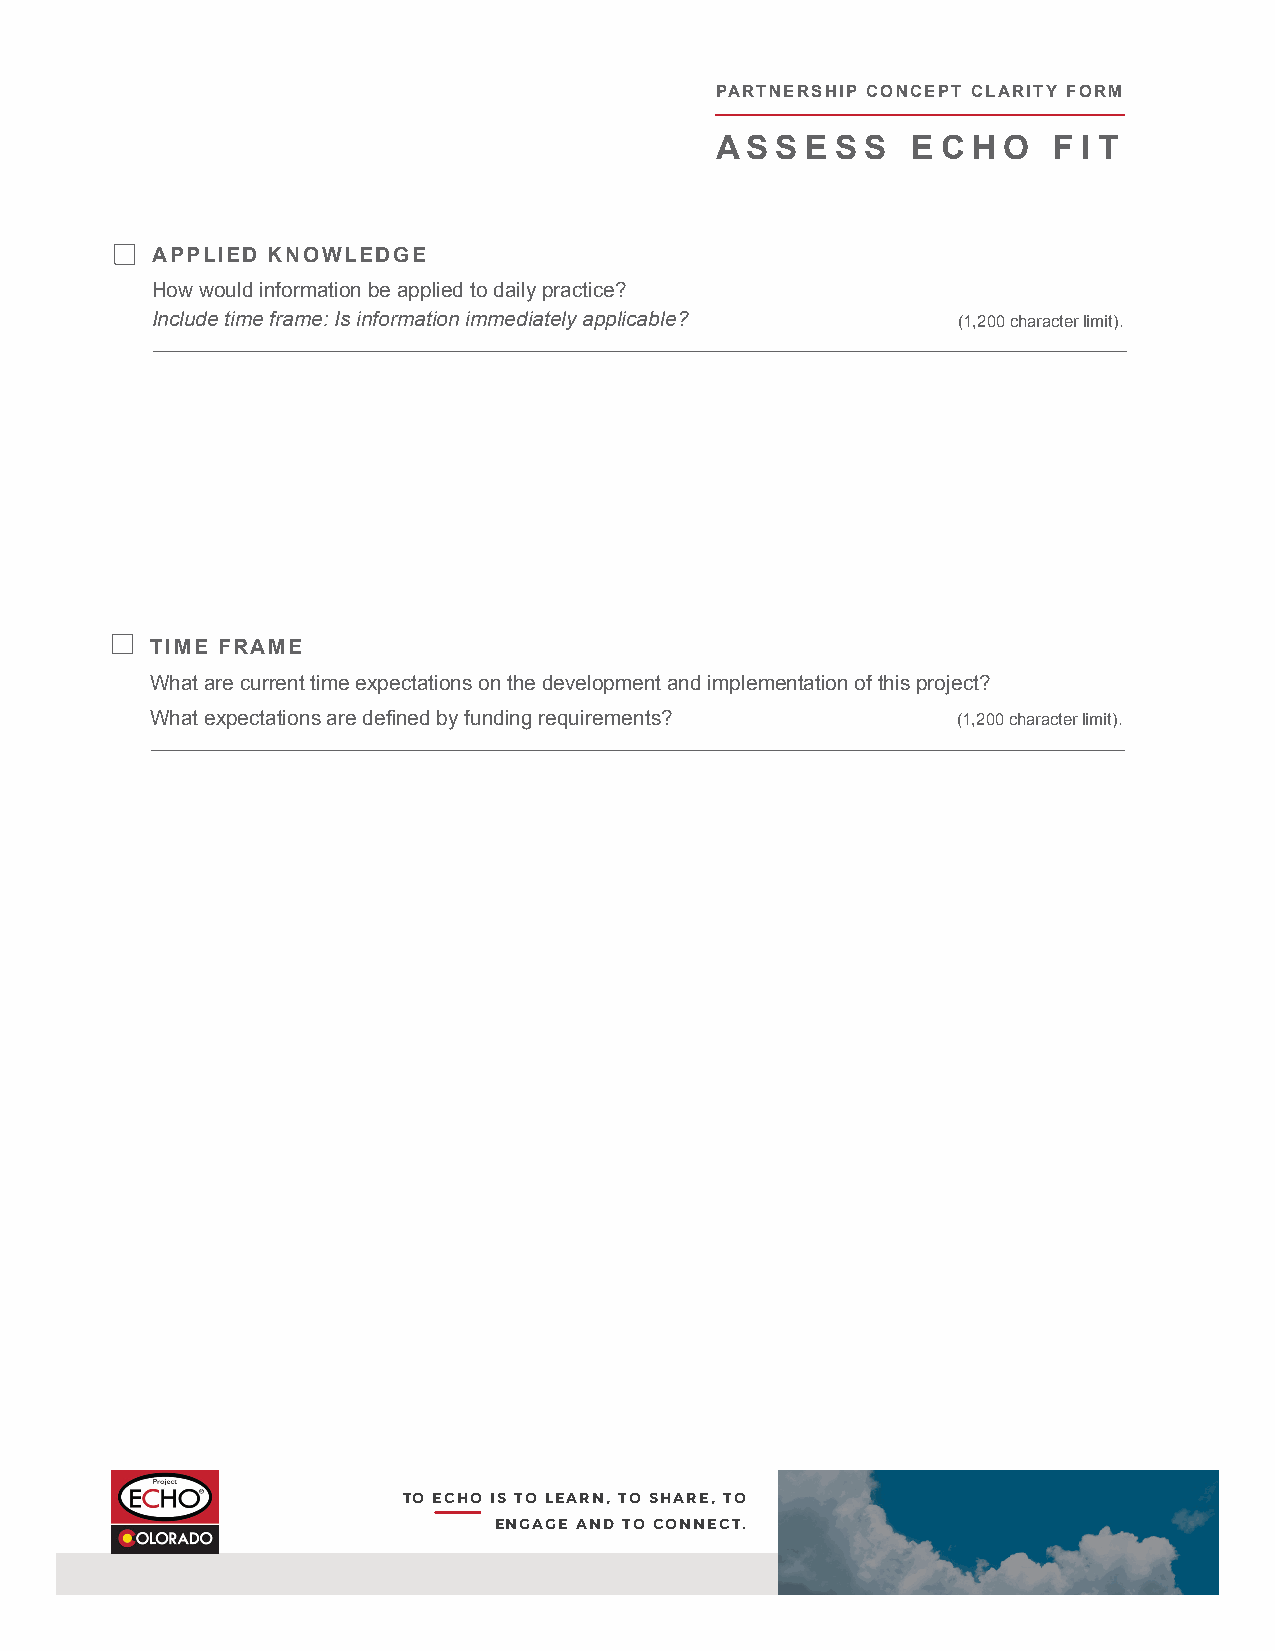
PARTNERSHIP CONCEPT CLARITY FORM
 A S S E S S  E C H O   F I T
 APPLIED KNOWLEDGE
 How would information be applied to daily practice?
 Include time frame: Is information immediately applicable? (1,200 character limit).
 TIME FRAME
 What are current time expectations on the development and implementation of this project?
 What expectations are defined by funding requirements? (1,200 character limit).
 TO ECHO IS TO LEARN, TO SHARE, TO
 ENGAGE AND TO CONNECT.